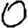
Digit: 0